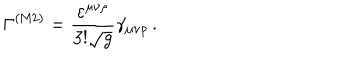
LaTeX: \Gamma ^ { ( \mathrm { M 2 } ) } = \frac { \varepsilon ^ { \mu \nu \rho } } { 3 ! \sqrt g } \gamma _ { \mu \nu \rho } \, .